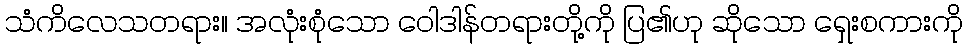
သံကိလေသတရား။ အလုံးစုံသော ဝေါဒါန်တရားတို့ကို ပြ၏ဟု ဆိုသော ရှေးစကားကို